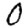
Digit: 0